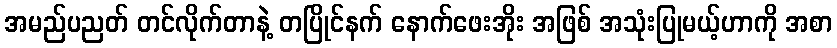
အမည်ပညတ် တင်လိုက်တာနဲ့ တပြိုင်နက် နောက်ဖေးအိုး အဖြစ် အသုံးပြုမယ့်ဟာကို အစာ